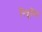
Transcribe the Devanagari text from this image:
निध्रुवित